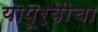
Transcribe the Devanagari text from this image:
यापूर्वीचा